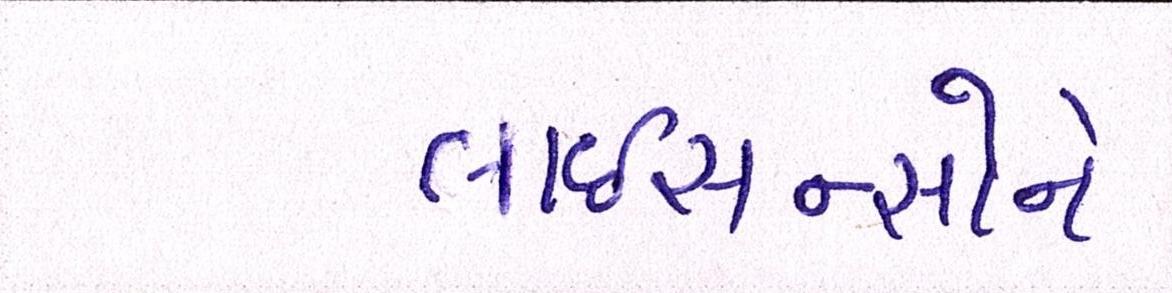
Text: લાઇસન્સોને